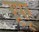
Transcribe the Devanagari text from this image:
रूपूर